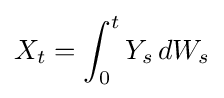
X_{t}=\int _{0}^{t}Y_{s}\,dW_{s}